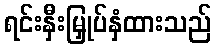
ရင်းနှီးမြှုပ်နှံထားသည်